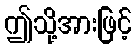
ဤသို့အားဖြင့်